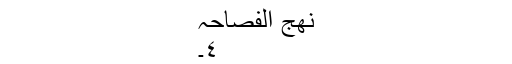
نھج الفصاحہ
٤۔